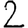
Digit: 2